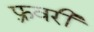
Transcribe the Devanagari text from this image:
फ़्रवरी